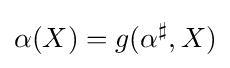
\alpha (X)=g(\alpha ^{\sharp },X)